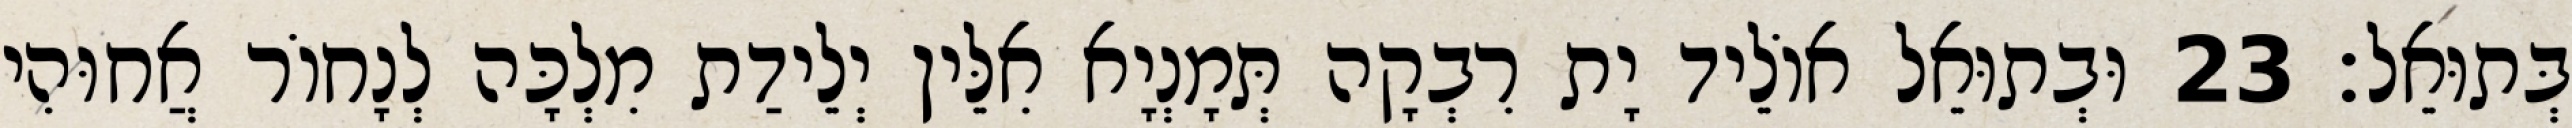
בְּתוּאֵל׃ 23 וּבְתוּאֵל אוֹלֵיד יָת רִבְקָה תְּמָנְיָא אִלֵּין יְלֵידַת מִלְכָּה לְנָחוֹר אֲחוּהִי